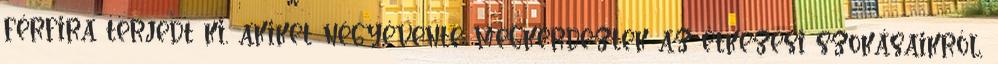
férfira terjedt ki, akiket négyévente megkérdeztek az étkezési szokásaikról,